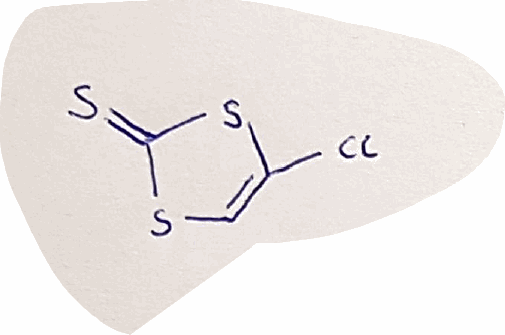
Simplified molecular-input line-entry system (SMILES) notation of the given molecule:
C1=C(SC(=S)S1)Cl